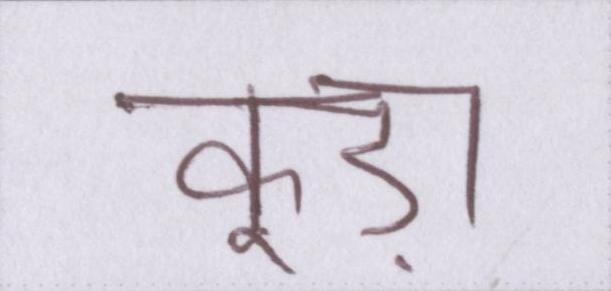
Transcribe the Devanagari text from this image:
कूड़ा